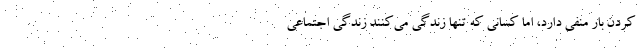
کردن بار منفی دارد، اما کسانی که تنها زندگی می‌کنند زندگی اجتماعی